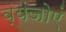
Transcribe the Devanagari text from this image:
व्यंजोएं